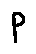
p